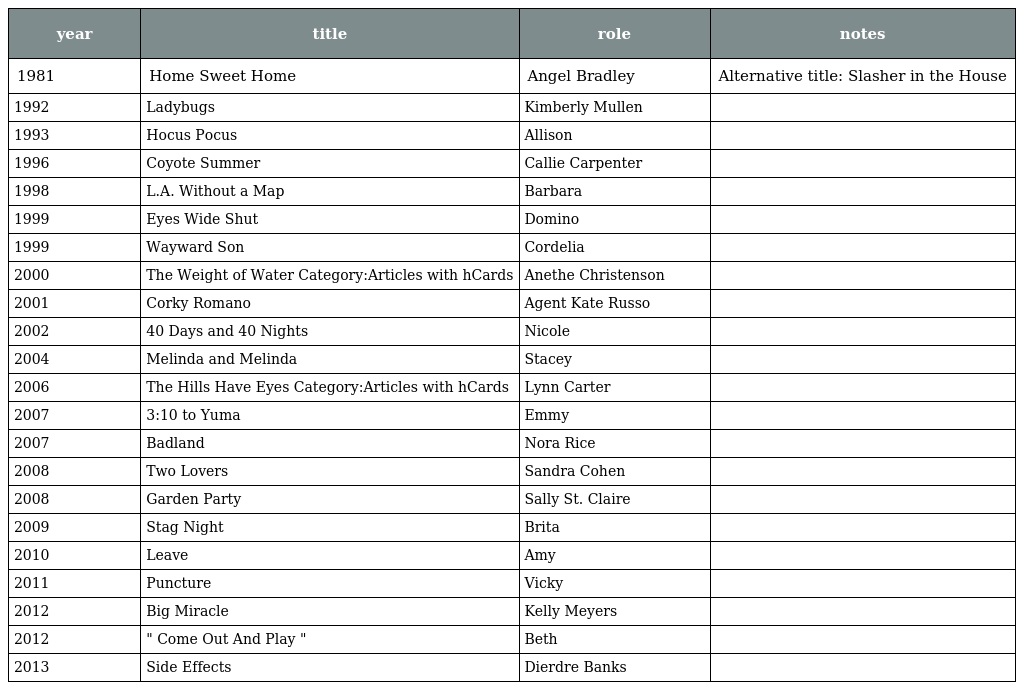
| year | title | role | notes |
 | --- | --- | --- | --- |
 | 1981 | Home Sweet Home | Angel Bradley | Alternative title: Slasher in the House |
 | 1992 | Ladybugs | Kimberly Mullen |  |
 | 1993 | Hocus Pocus | Allison |  |
 | 1996 | Coyote Summer | Callie Carpenter |  |
 | 1998 | L.A. Without a Map | Barbara |  |
 | 1999 | Eyes Wide Shut | Domino |  |
 | 1999 | Wayward Son | Cordelia |  |
 | 2000 | The Weight of Water Category:Articles with hCards | Anethe Christenson |  |
 | 2001 | Corky Romano | Agent Kate Russo |  |
 | 2002 | 40 Days and 40 Nights | Nicole |  |
 | 2004 | Melinda and Melinda | Stacey |  |
 | 2006 | The Hills Have Eyes Category:Articles with hCards | Lynn Carter |  |
 | 2007 | 3:10 to Yuma | Emmy |  |
 | 2007 | Badland | Nora Rice |  |
 | 2008 | Two Lovers | Sandra Cohen |  |
 | 2008 | Garden Party | Sally St. Claire |  |
 | 2009 | Stag Night | Brita |  |
 | 2010 | Leave | Amy |  |
 | 2011 | Puncture | Vicky |  |
 | 2012 | Big Miracle | Kelly Meyers |  |
 | 2012 | " Come Out And Play " | Beth |  |
 | 2013 | Side Effects | Dierdre Banks |  |